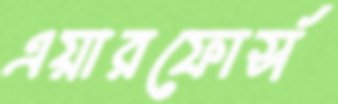
এয়ারফোর্স